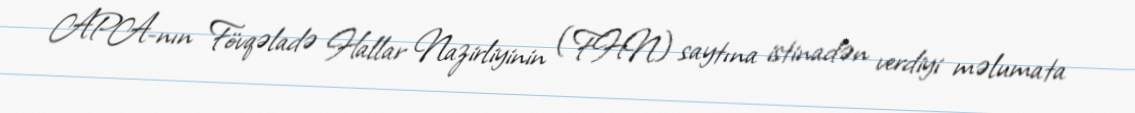
APA-nın Fövqəladə Hallar Nazirliyinin (FHN) saytına istinadən verdiyi məlumata